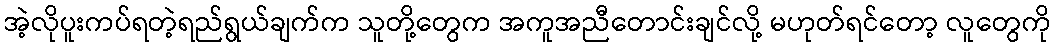
အဲ့လိုပူးကပ်ရတဲ့ရည်ရွယ်ချက်က သူတို့တွေက အကူအညီတောင်းချင်လို့ မဟုတ်ရင်တော့ လူတွေကို